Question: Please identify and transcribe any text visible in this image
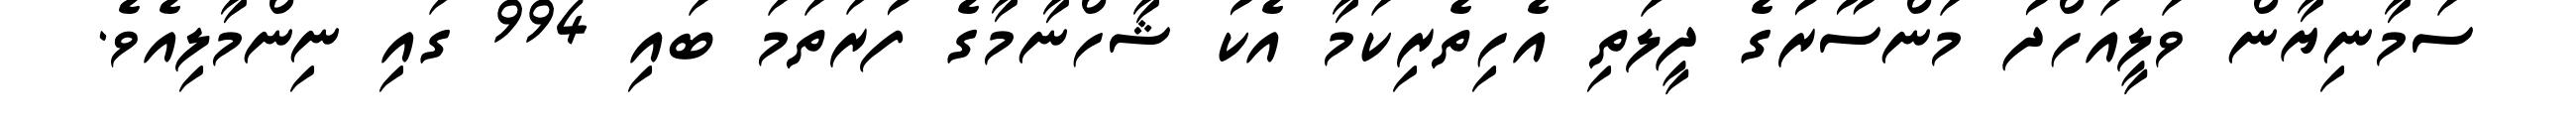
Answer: ސަމާނިޔާން ވަލީއަހްދު މަންސޫރުގެ ދީލަތި އެހިތެރިކަމާ އެކު ޝާހްނާމާގެ ފުރަތަމަ ބައި 994 ގައި ނިންމާލިއެވެ.